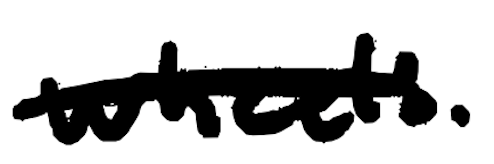
Text: wheels.
Cross-out: single-line
Writing tool: digital_black